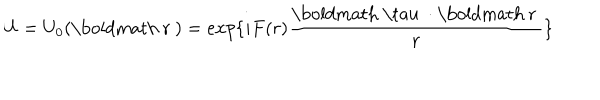
LaTeX: U = U _ { 0 } ( \mathrm { \boldmath ~ r ~ } ) = e x p \{ { i F ( r ) \frac { \mathrm { \boldmath ~ \ t a u ~ } \cdot \mathrm { \boldmath ~ r ~ } } { r } } \}